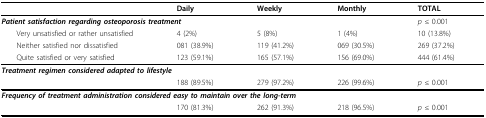
<table><thead><tr><td></td><td><b>Daily</b></td><td><b>Weekly</b></td><td><b>Monthly</b></td><td><b>TOTAL</b></td></tr></thead><tbody><tr><td colspan="4"><b><i>Patient satisfaction regarding osteoporosis treatment</i></b></td><td><i>p </i>≤ 0.001</td></tr><tr><td> Very unsatisfied or rather unsatisfied</td><td>4 (2%)</td><td>5 (8%)</td><td>1 (4%)</td><td>10 (13.8%)</td></tr><tr><td> Neither satisfied nor dissatisfied</td><td>081 (38.9%)</td><td>119 (41.2%)</td><td>069 (30.5%)</td><td>269 (37.2%)</td></tr><tr><td> Quite satisfied or very satisfied</td><td>123 (59.1%)</td><td>165 (57.1%)</td><td>156 (69.0%)</td><td>444 (61.4%)</td></tr><tr><td colspan="4"><b><i>Treatment regimen considered adapted to lifestyle</i></b></td><td></td></tr><tr><td></td><td>188 (89.5%)</td><td>279 (97.2%)</td><td>226 (99.6%)</td><td><i>p </i>≤ 0.001</td></tr><tr><td colspan="4"><b><i>Frequency of treatment administration considered easy to maintain over the long-term</i></b></td><td></td></tr><tr><td></td><td>170 (81.3%)</td><td>262 (91.3%)</td><td>218 (96.5%)</td><td><i>p </i>≤ 0.001</td></tr></tbody></table>